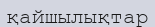
қайшылықтар